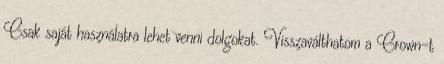
Csak saját használatra lehet venni dolgokat. Visszaválthatom a Crown-t